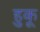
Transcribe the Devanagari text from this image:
हुकू